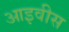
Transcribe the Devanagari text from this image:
आइवीस